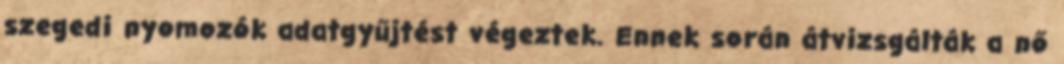
szegedi nyomozók adatgyűjtést végeztek. Ennek során átvizsgálták a nő